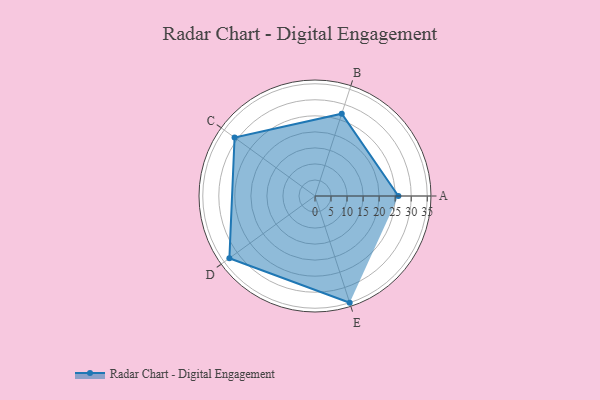
{"axis": {"x": "Skill", "y": "Score"}, "legend": ["Profile"], "data": [{"x": "A", "y": 26.0, "type": "Profile"}, {"x": "B", "y": 27.0, "type": "Profile"}, {"x": "C", "y": 31.0, "type": "Profile"}, {"x": "D", "y": 33.0, "type": "Profile"}, {"x": "E", "y": 35.0, "type": "Profile"}]}